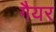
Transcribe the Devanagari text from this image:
गैयर